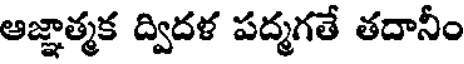
ఆజ్ఞాత్మక ద్విదళ పద్మగతే తదానీం